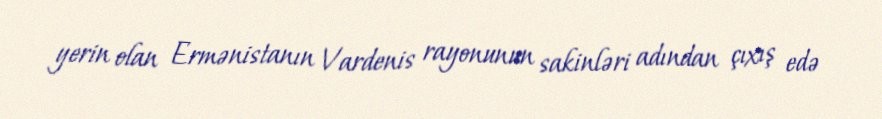
yerin olan Ermənistanın Vardenis rayonunun sakinləri adından çıxış edə